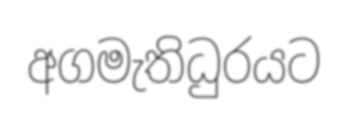
අගමැතිධුරයට